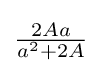
{\tfrac {2Aa}{a^{2}+2A}}